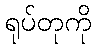
ရုပ်တုကို